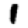
Digit: 1